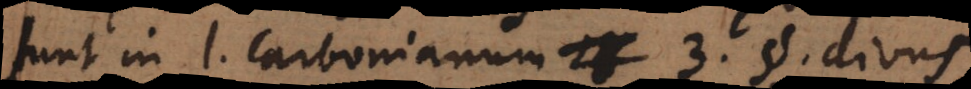
sunt in l. carbonianum 3 § divus